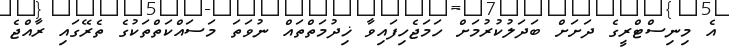
އެ މިނިސްޓްރީގެ ދަށަށް ބަދަލުކުރުމަށް ހަމަޖެހިފައިވާ ޚިދުމަތްތައް ނުވަތަ މަސައްކަތްތަކުގެ ތެރޭގައި ރާއްޖެ